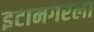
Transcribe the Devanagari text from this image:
इटानगरला